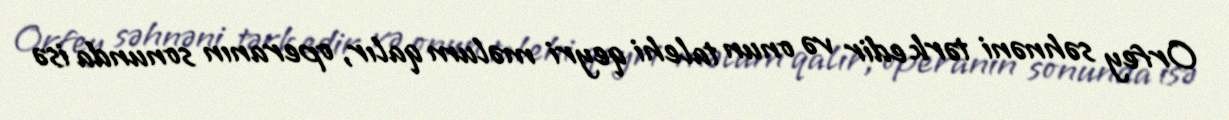
Orfey səhnəni tərk edir və onun talehi qeyri məlum qalır, operanın sonunda isə